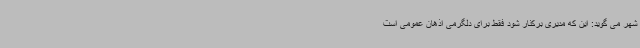
شهر می گوید: این که مدیری برکنار شود فقط برای دلگرمی اذهان عمومی است